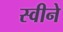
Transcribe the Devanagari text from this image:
स्वीने